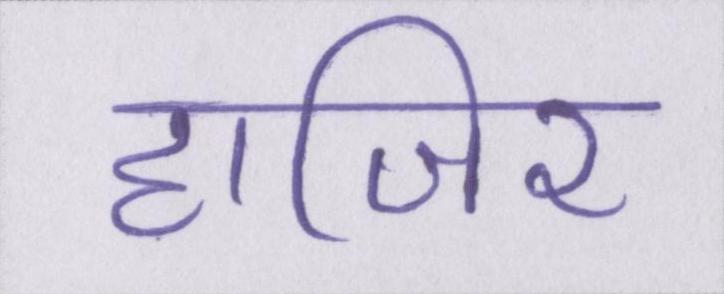
हाजिर